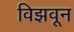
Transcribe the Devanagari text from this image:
विझवून